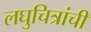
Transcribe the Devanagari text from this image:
लघुचित्रांची